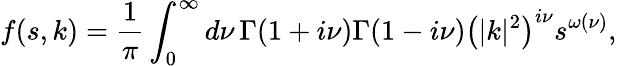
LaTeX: f(s,k)=\frac{1}{\pi}\int_{0}^{\infty}d\nu\, \Gamma(1+i\nu)\Gamma(1-i\nu)\left(|k|^{2}\right)^{i\nu}s^{\omega(\nu)},